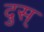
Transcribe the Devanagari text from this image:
दुस्‌